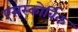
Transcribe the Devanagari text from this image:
एसस्कोर्बिक